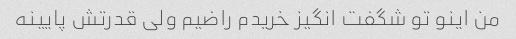
من اینو تو شگفت انگیز خریدم راضیم ولی قدرتش پایینه